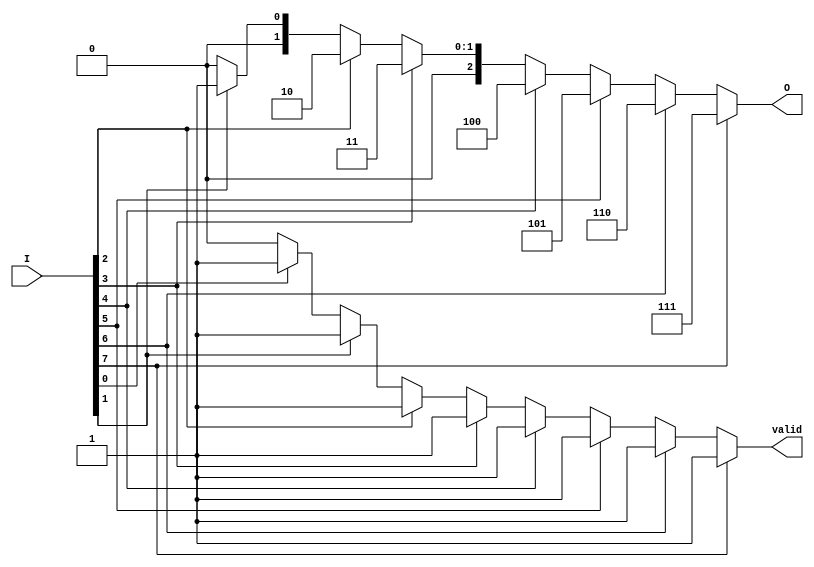
module binary_encoder (
    input wire [7:0] I,  // 8 input lines
    output reg [2:0] O,  // 3-bit binary output
    output reg valid      // Indicates if the output is valid (1 active input)
);

    always @(*) begin
        // Default output
        O = 3'b000; // Default output when no inputs are active
        valid = 1'b0; // Default valid signal

        // Priority encoding
        if (I[7]) begin
            O = 3'b111; // I7 is active
            valid = 1'b1;
        end else if (I[6]) begin
            O = 3'b110; // I6 is active
            valid = 1'b1;
        end else if (I[5]) begin
            O = 3'b101; // I5 is active
            valid = 1'b1;
        end else if (I[4]) begin
            O = 3'b100; // I4 is active
            valid = 1'b1;
        end else if (I[3]) begin
            O = 3'b011; // I3 is active
            valid = 1'b1;
        end else if (I[2]) begin
            O = 3'b010; // I2 is active
            valid = 1'b1;
        end else if (I[1]) begin
            O = 3'b001; // I1 is active
            valid = 1'b1;
        end else if (I[0]) begin
            O = 3'b000; // I0 is active
            valid = 1'b1; // This can be kept as it is, but O remains 000
        end
    end

endmodule